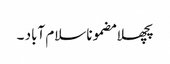
پچھلا مضموناسلام آباد ۔